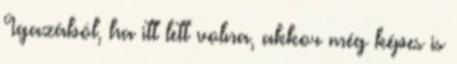
Igazából, ha itt lett volna, akkor még képes is